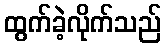
ထွက်ခဲ့လိုက်သည်